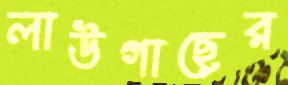
লাউগাছের